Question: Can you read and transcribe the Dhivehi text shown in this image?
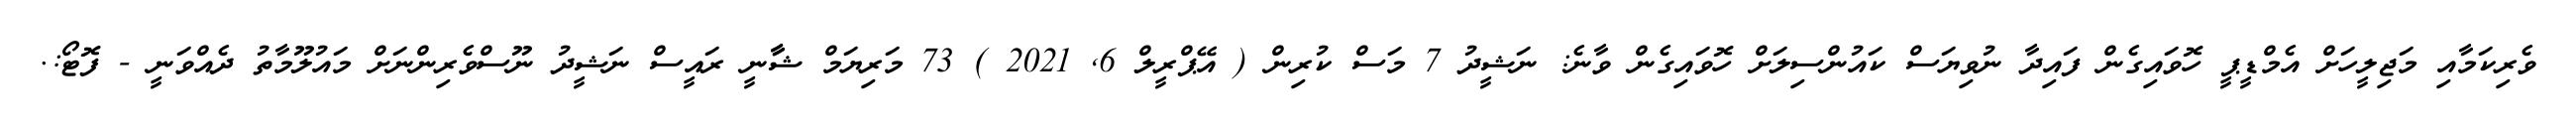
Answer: ވެރިކަމާއި މަޖިލީހަށް އެމްޑީޕީ ހޮވައިގެން ފައިދާ ނުވިޔަސް ކައުންސިލަށް ހޮވައިގެން ވާނެ: ނަޝީދު 7 މަސް ކުރިން ( އޭޕްރީލް 6, 2021 ) 73 މަރިޔަމް ޝާާނީ ރައީސް ނަޝީދު ނޫސްވެރިންނަށް މައުލޫމާތު ދެއްވަނީ - ފޮޓޯ:.